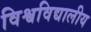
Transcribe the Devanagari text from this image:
विश्वविद्यालीय